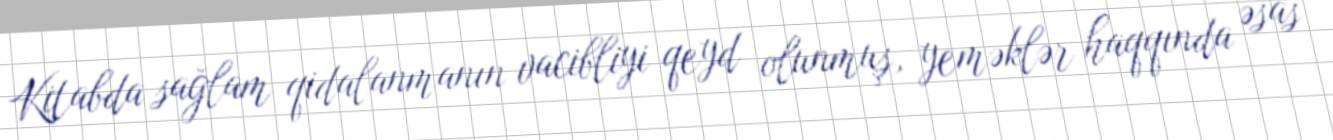
Kitabda sağlam qidalanmanın vacibliyi qeyd olunmuş, yeməklər haqqında əsas